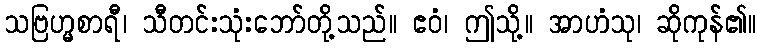
သဗြဟ္မစာရီ၊ သီတင်းသုံးဘော်တို့သည်။ ဧဝံ၊ ဤသို့။ အာဟံသု၊ ဆိုကုန်၏။